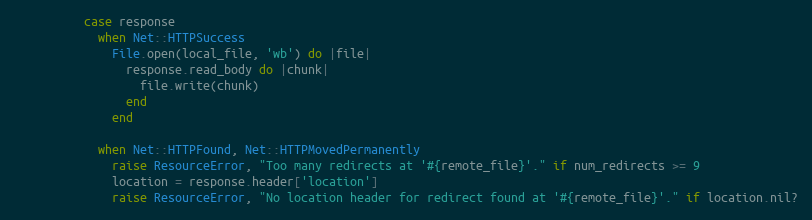
Language: Ruby
          case response
            when Net::HTTPSuccess
              File.open(local_file, 'wb') do |file|
                response.read_body do |chunk|
                  file.write(chunk)
                end
              end

            when Net::HTTPFound, Net::HTTPMovedPermanently
              raise ResourceError, "Too many redirects at '#{remote_file}'." if num_redirects >= 9
              location = response.header['location']
              raise ResourceError, "No location header for redirect found at '#{remote_file}'." if location.nil?